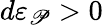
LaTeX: d\varepsilon_{\mathscr{P}}>0